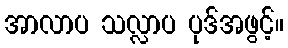
အာလာပ သလ္လာပ ပုဒ်အဖွင့်။